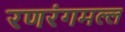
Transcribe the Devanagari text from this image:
रणरंगमल्ल